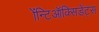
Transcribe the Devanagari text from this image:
ॲन्टिऑक्सिडेंट्स